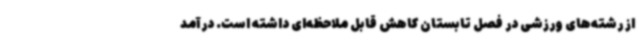
از رشته‌های ورزشی در فصل تابستان کاهش قابل ملاحظه‌ای داشته است. درآمد